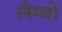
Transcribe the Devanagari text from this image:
लैम्बो